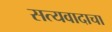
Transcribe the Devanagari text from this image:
सत्यवादाचा